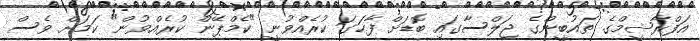
އަފްރާޝީމްގެ ތައުބީންގެ ޖަލްސާގައި ބޮޑަށް ފާހަގަ ކުރެއްވުނީ "ކެމްޕޭން ކުރެއްވުން" ކަމަށް ވެސް